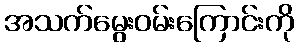
အသက်မွေးဝမ်းကြောင်းကို